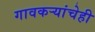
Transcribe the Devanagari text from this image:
गावकऱ्यांचेही